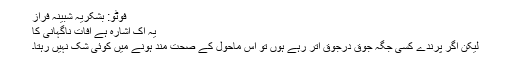
فوٹو: بشکریہ شبینہ فراز
یہ اک اشارہ ہے آفاتِ ناگہانی کا
لیکن اگر پرندے کسی جگہ جوق درجوق اتر رہے ہوں تو اس ماحول کے صحت مند ہونے میں کوئی شک نہیں رہتا۔